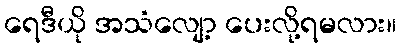
ရေဒီယို အသံလျော့ ပေးလို့ရမလား။